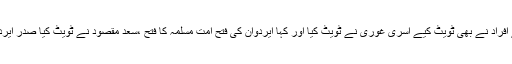
دیگر طبقہ فکر سے تعلق رکھنے والے افراد نے بھی ٹویٹ کیے اسری غوری نے ٹویٹ کیا اور کہا ایردوان کی فتح امت مسلمہ کا فتح ،سعد مقصود نے ٹویٹ کیا صدر ایردوان کی جیت پر آنکھوں میں آنسو ٓاگئے